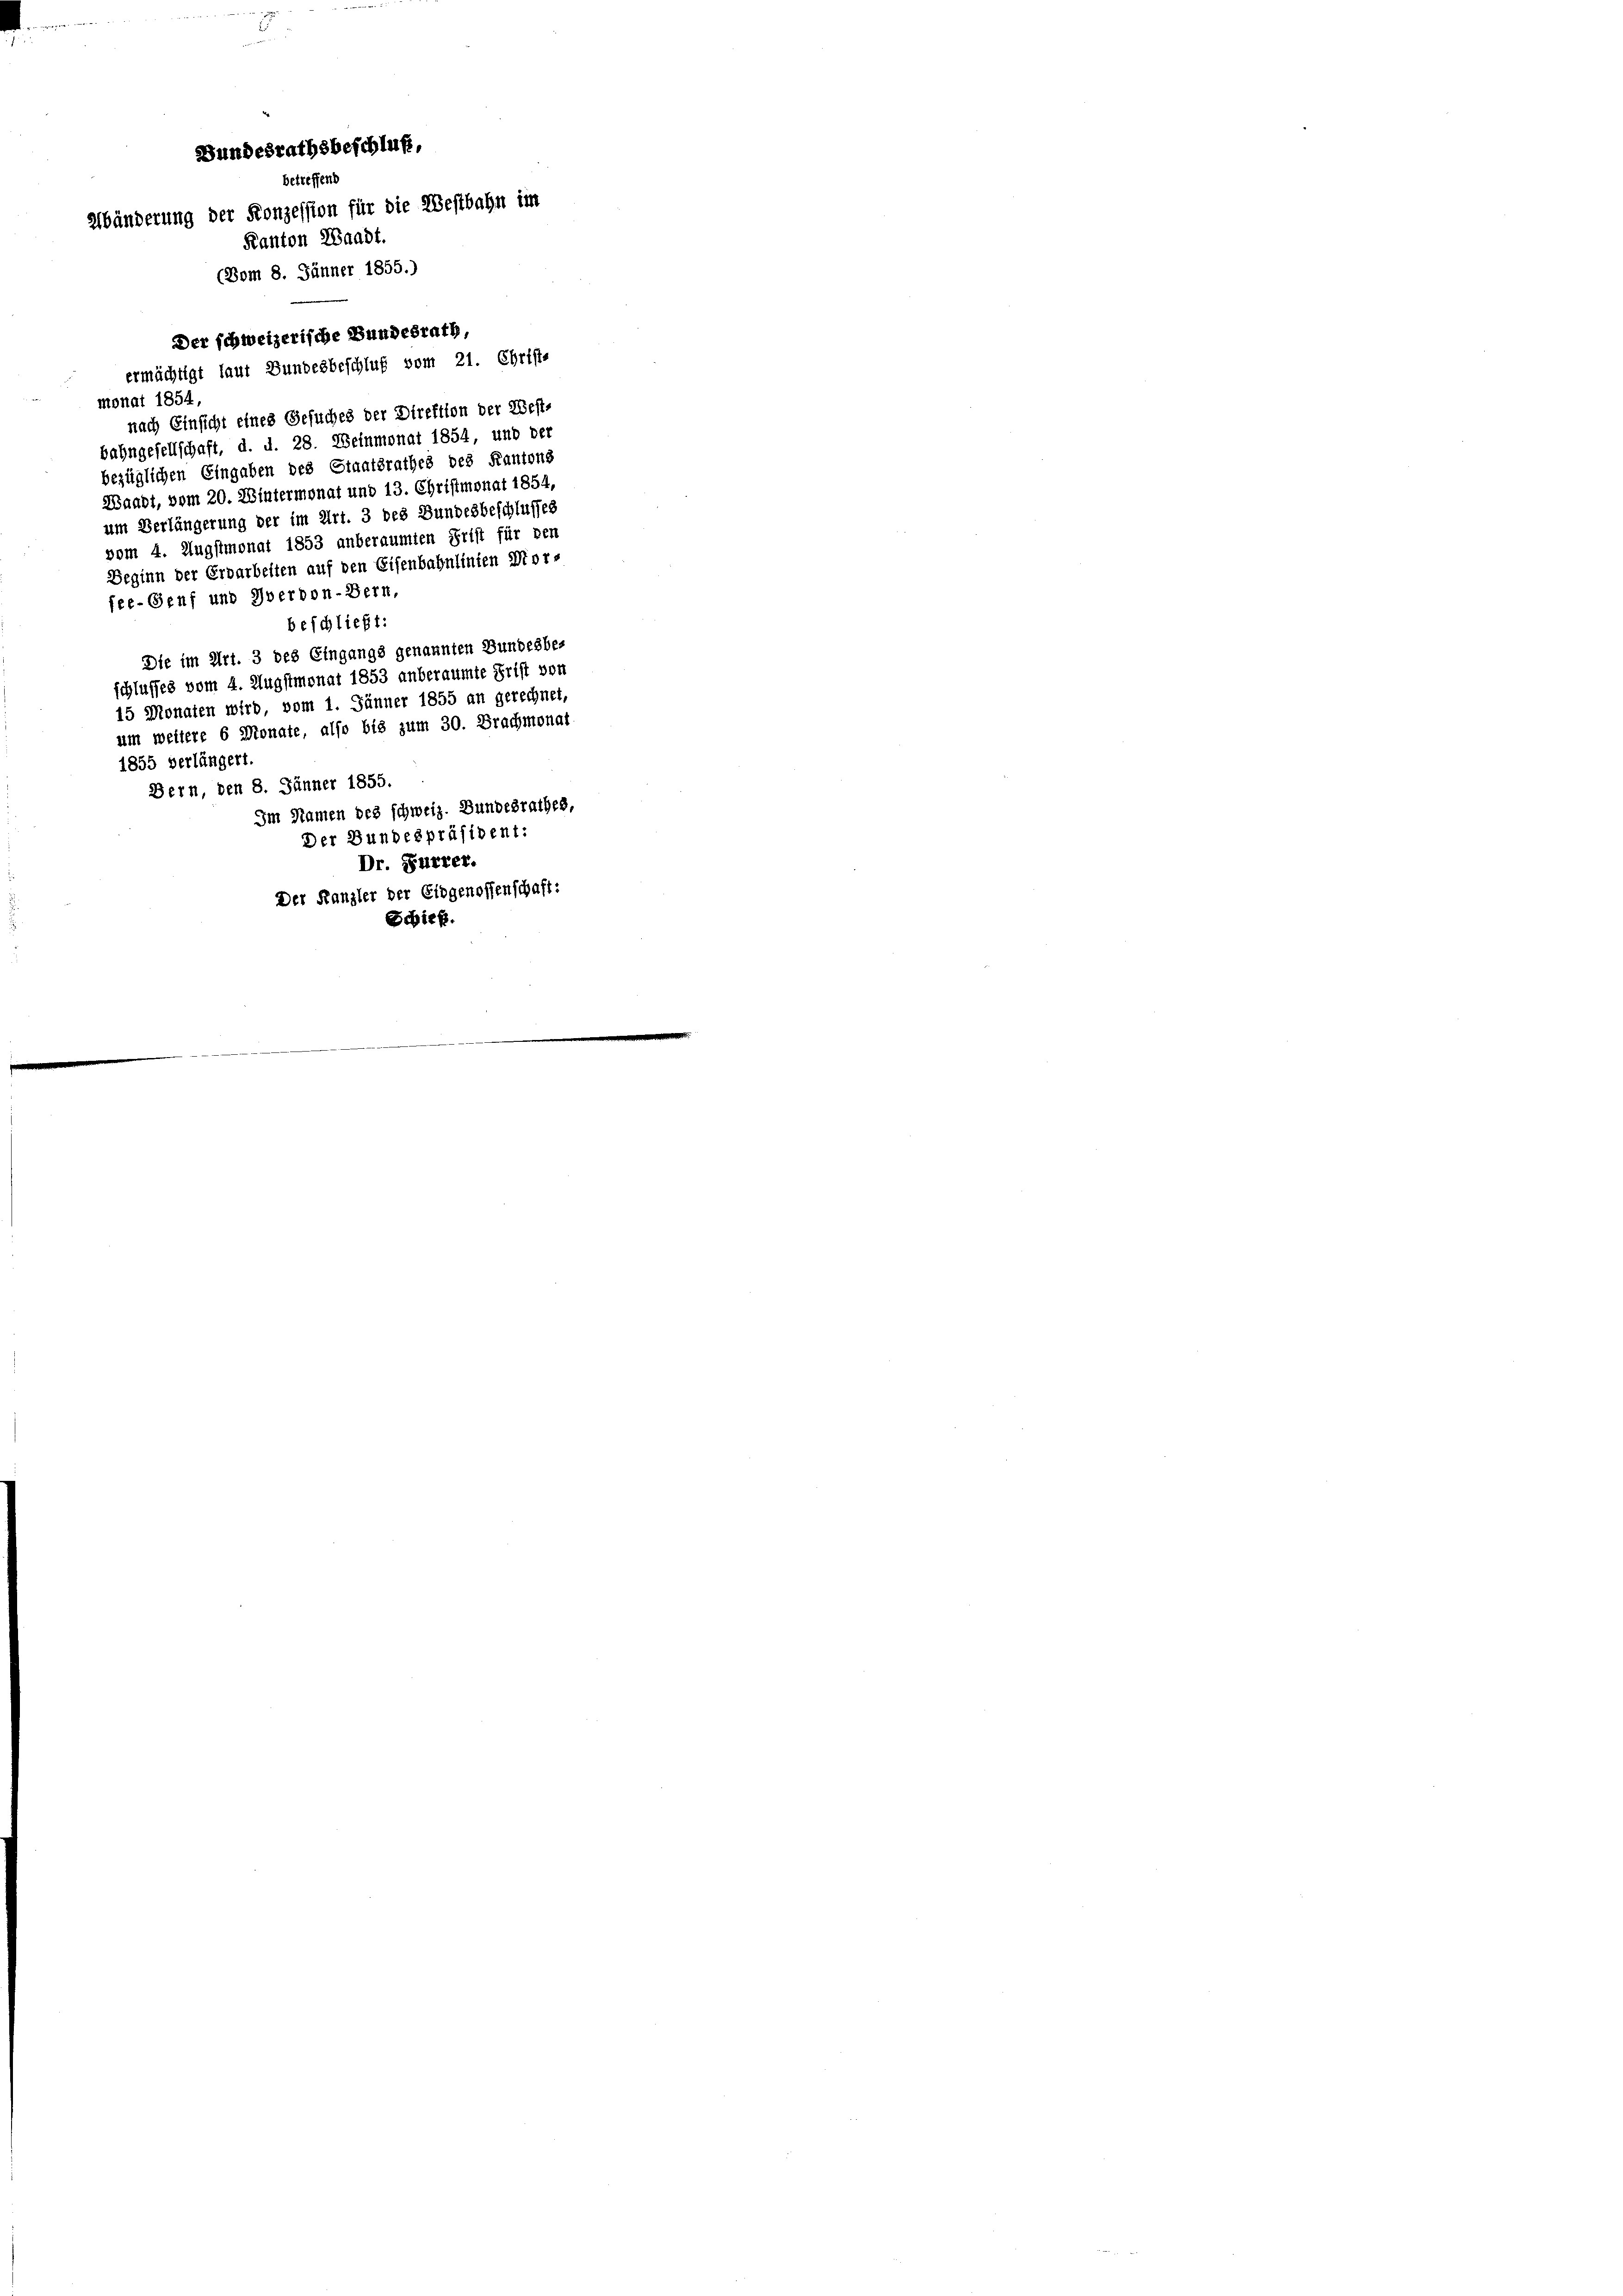
Bundesrathsbeschluß,
betreffend
Abänderung der Konzession für die Westbahn im
Kanton Waadt.
(Vom 8. Jänner 1855.)
Der schweizerische Bundesrath
ermächtigt laut Bundesbeschluß vom 21. Christe

monat 1854,
nach Einsicht eines Gesuches der Direktion der West-
bahngesellschaft, d. d. 28. Weinmonat 1854, und be-
bezüglichen Eingaben des Staatsrathes des Kantons
Waadt, vom 20. Wintermonat und 13. Christmonat 1854,
um Verlängerung der im Art. 3 des Bundesbeschlusses
vom 4. Augstmonat 1853 anberaumten Frist für den
Beginn der Erdarbeiten auf den Eisenbahnlinien Morfee-Genf und Oberbon-Bern,
beschließt:
Die im Art. 3 des Eingangs genannten Bundesbe-
schlusses vom 4. Augstmonat 1853 anberaumte Frist von
15 Monaten wird vom 1. Jänner 1855 an gerechnet,
um weitere 6 Monate, also bis zum 30. Brachmonat
1855 verlängert.
Bern, den 8. Jänner 1855.
Im Namen des schweiz. Bundesrathes,
Der Bundespräsident:
Dr. Furrer.
Der Kanzler der Eidgenossenschaft:
Scbief.